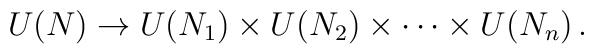
U(N) \to U(N_1)\times U(N_2)\times\cdots \times U(N_n)\, .